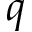
q